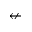
\nleftarrow